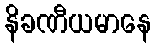
နိခဏီယမာနေ